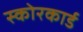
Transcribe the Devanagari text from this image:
स्‍कोरकार्ड